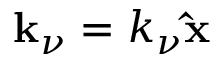
{ \bf k } _ { \nu } = k _ { \nu } { \bf \hat { x } }